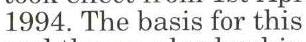
1994. The basis for this